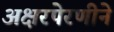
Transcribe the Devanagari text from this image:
अक्षरपेरणीने